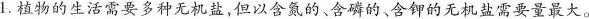
1.植物的生活需要多种无机盐，但以含氮的、含磷的、含钾的无机盐需要量最大。